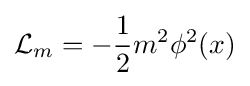
{\mathcal {L}}_{m}=-{\frac {1}{2}}m^{2}\phi ^{2}(x)